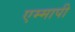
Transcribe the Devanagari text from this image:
एम्मापी